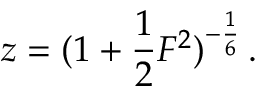
z = ( { 1 + { \frac { 1 } { 2 } } { \cal F } ^ { 2 } } ) ^ { - { \frac { 1 } { 6 } } } \, .